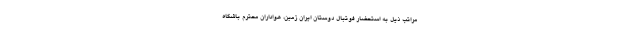
مراتب ذیل به استحضار فوتبال دوستان ایران زمین، هواداران محترم باشگاه